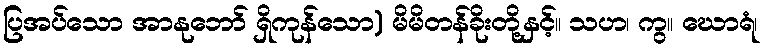
ပြအပ်သော အာနုဘော် ရှိကုန်သော) မိမိတန်ခိုးတို့နှင့်။ သဟ၊ ကွ။ ဃောရံ၊